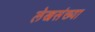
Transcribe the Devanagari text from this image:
लेखसंख्या